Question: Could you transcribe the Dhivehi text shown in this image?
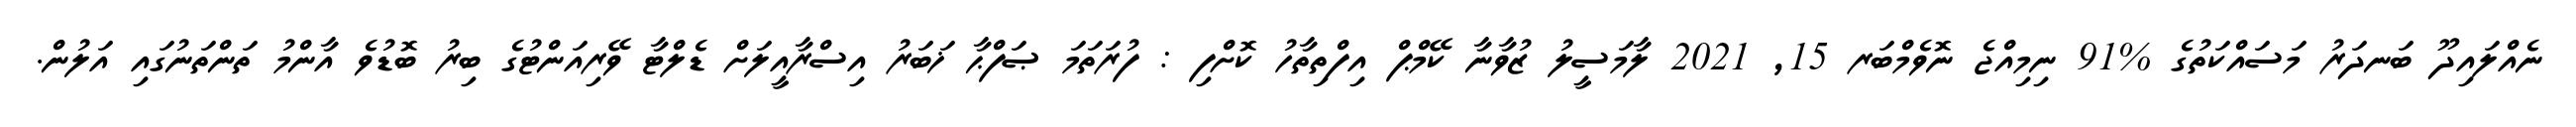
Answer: ނެއްލައިދޫ ބަނދަރު މަސައްކަތުގެ %91 ނިމިއްޖެ ނޮވެމްބަރ 15, 2021 ލާމަސީލު ޒުވާނާ ކޭމްޕް އިފްތިތާހު ކޮށްފި : ފުރަތަމަ ޞަފްޙާ ޚަބަރު އިސްރާއީލަށް ޑެލްޓާ ވޭރިއަންޓުގެ ބިރު ބޮޑުވެ އާންމު ތަންތަނުގައި އަލުން.